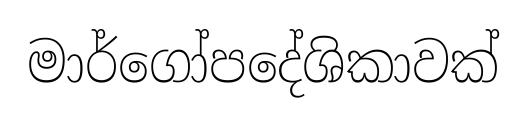
මාර්ගෝපදේශිකාවක්